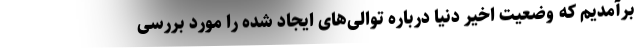
برآمدیم که وضعیت اخیر دنیا درباره توالی‌های ایجاد شده را مورد بررسی